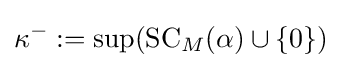
\kappa ^{-}:=\sup(\operatorname {SC} _{M}(\alpha )\cup \{0\})